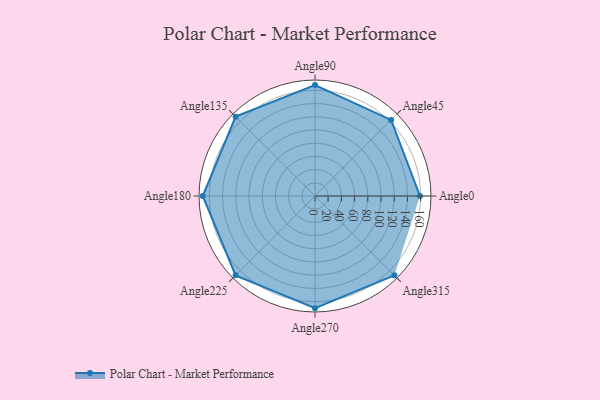
{"axis": {"x": "Angle", "y": "Radius"}, "legend": [""], "data": [{"x": "Angle0", "y": 159.0, "type": ""}, {"x": "Angle45", "y": 163.0, "type": ""}, {"x": "Angle90", "y": 168.0, "type": ""}, {"x": "Angle135", "y": 170, "type": ""}, {"x": "Angle180", "y": 170, "type": ""}, {"x": "Angle225", "y": 170, "type": ""}, {"x": "Angle270", "y": 170, "type": ""}, {"x": "Angle315", "y": 170, "type": ""}]}